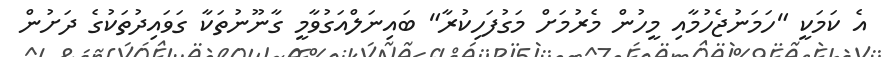
އެ ކަމަކީ "ހަމަނުޖެހުމާއި މީހުން މެރުމަށް މަގުފަހިކުރާ" ބައިނަލްއަގުވާމީ ގާނޫނުތަކާ ގަވައިދުތަކުގެ ދަށުން